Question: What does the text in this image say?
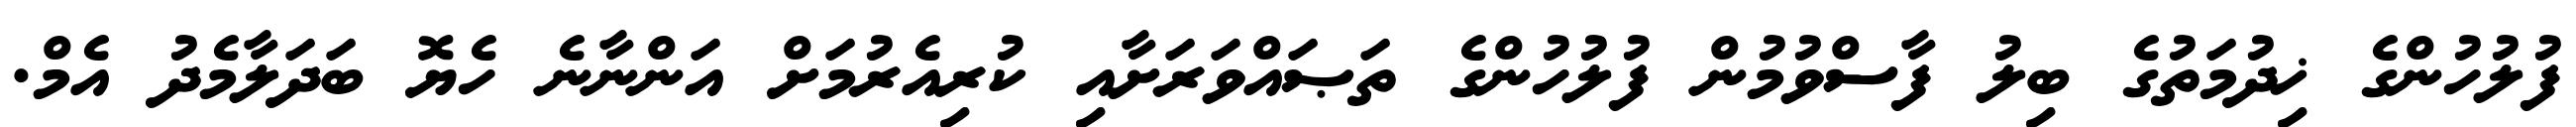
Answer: ފުލުހުންގެ ޚިދުމަތުގެ ބިލު ފާސްވުމުން ފުލުހުންގެ ތަޞައްވަރަށާއި ކުރިއެރުމަށް އަންނާނެ ހެޔޮ ބަދަލާމެދު އެމް.